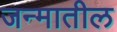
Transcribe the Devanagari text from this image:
जन्‍मातील